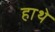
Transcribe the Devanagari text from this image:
हाथे